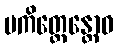
ပကိတ္တေန္တောဝ